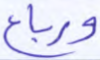
ورباع